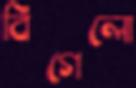
বিগেলো